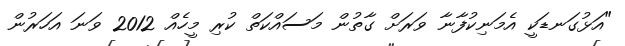
"އަޅުގަނޑަކީ އެމަނިކުފާނާ ވަރަށް ގާތުން މަސައްކަތް ކުރި މީހެއް 2012 ވަނަ އަހަރުން